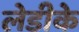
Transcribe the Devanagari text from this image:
लेडीके